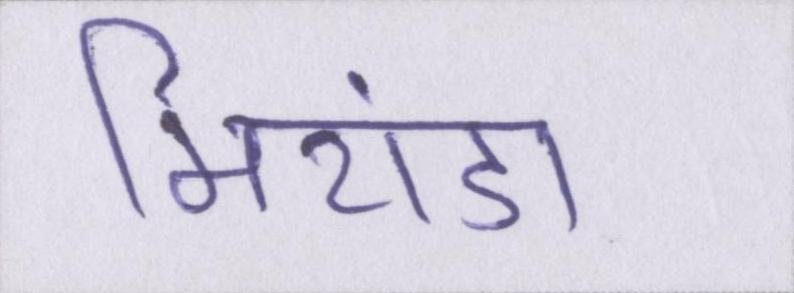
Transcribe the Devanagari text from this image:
मिरांडा